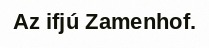
Az ifjú Zamenhof.